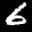
Digit: 6